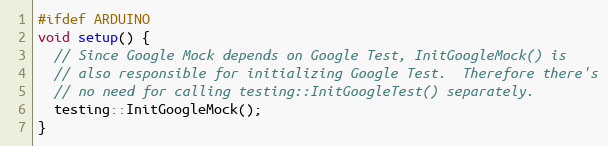
Language: C++
#ifdef ARDUINO
void setup() {
  // Since Google Mock depends on Google Test, InitGoogleMock() is
  // also responsible for initializing Google Test.  Therefore there's
  // no need for calling testing::InitGoogleTest() separately.
  testing::InitGoogleMock();
}